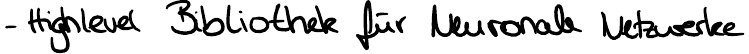
- Highlevel Bibliothek für Neuronale Netzwerke